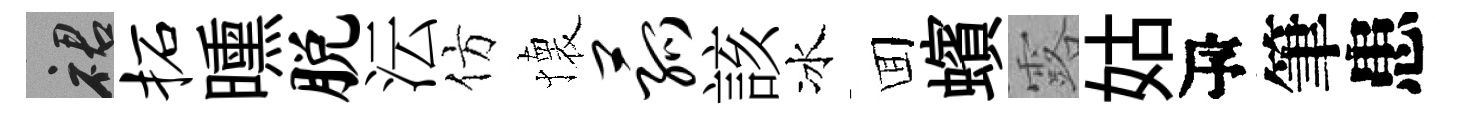
裙柘曛脱沄仿懐菰該冰囬蠙露姑瓴筆患